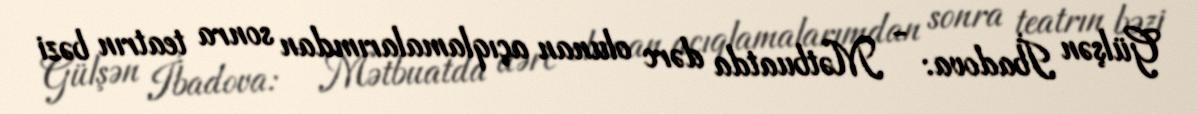
Gülşən İbadova: - Mətbuatda dərc olunan açıqlamalarımdan sonra teatrın bəzi